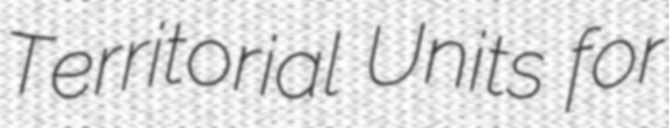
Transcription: Territorial Units for